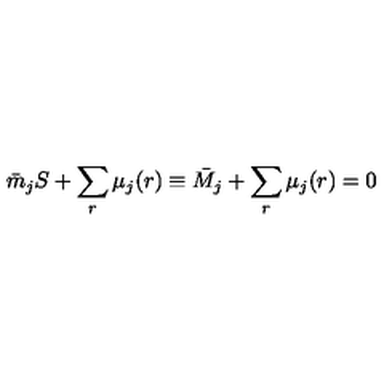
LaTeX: \bar { m } _ { j } S + \sum _ { r } \mu _ { j } ( r ) \equiv \bar { M } _ { j } + \sum _ { r } \mu _ { j } ( r ) = 0